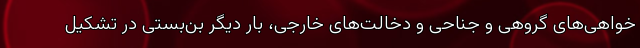
‌خواهی‌های گروهی و جناحی و دخالت‌های خارجی، بار دیگر بن‌بستی در تشکیل